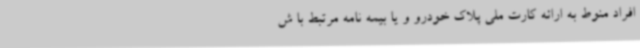
افراد منوط به ارائه کارت ملی پلاک خودرو و یا بیمه نامه مرتبط با ش